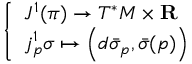
\left\{ \begin{array} { l l } { J ^ { 1 } ( \pi ) \to T ^ { * } M \times \mathbf { R } } \\ { j _ { p } ^ { 1 } \sigma \mapsto \left( d { \bar { \sigma } } _ { p } , { \bar { \sigma } } ( p ) \right) } \end{array} \right.